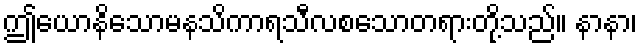
ဤယောနိသောမနသိကာရသီလစသောတရားတို့သည်။ နာနာ၊